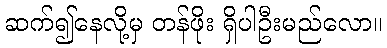
ဆက်၍နေလို့မှ တန်ဖိုး ရှိပါဦးမည်လော။